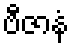
ဗီဇာနံ